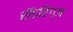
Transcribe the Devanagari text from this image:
रॉडरिग्ज